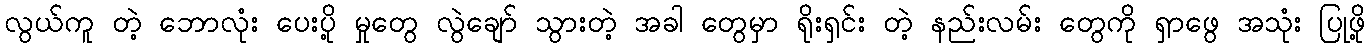
လွယ်ကူ တဲ့ ဘောလုံး ပေးပို့ မှုတွေ လွဲချော် သွားတဲ့ အခါ တွေမှာ ရိုးရှင်း တဲ့ နည်းလမ်း တွေကို ရှာဖွေ အသုံး ပြုဖို့